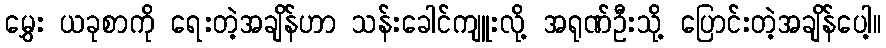
မွှေး ယခုစာကို ရေးတဲ့အချိန်ဟာ သန်းခေါင်ကျူးလို့ အရုဏ်ဦးသို့ ပြောင်းတဲ့အချိန်ပေါ့။